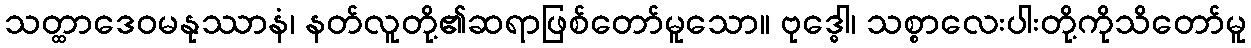
သတ္ထာဒေဝမနုဿာနံ၊ နတ်လူတို့၏ဆရာဖြစ်တော်မူသော။ ဗုဒ္ဓေါ၊ သစ္စာလေးပါးတို့ကိုသိတော်မူ